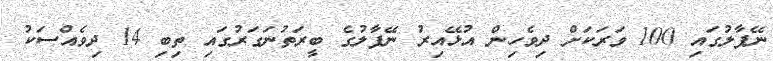
ނޭޕާލުގައި 100 ވަރަކަށް ދިވެހިން އުޅޭއިރު ނޭޕާލުގެ ބީރަތުނަގަރުގައި ތިބި 14 ދިވެއްސަކު